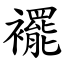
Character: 襬